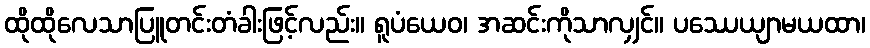
ထိုထိုလေသာပြူတင်းတံခါးဖြင့်လည်း။ ရူပံယေဝ၊ အဆင်းကိုသာလျှင်။ ပဿေယျာမယထာ၊